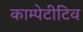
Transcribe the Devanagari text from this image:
काम्पेटीटिव